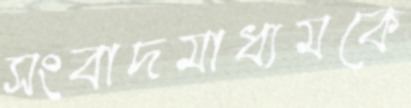
সংবাদমাধ্যমকে